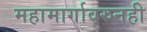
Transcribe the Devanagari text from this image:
महामार्गावरुनही